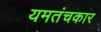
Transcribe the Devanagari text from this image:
यमतंचकार